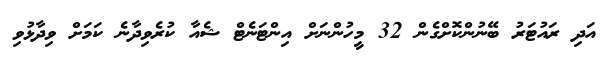
އަދި ރައުޓަރު ބޭނުންކޮށްގެން 32 މީހުންނަށް އިންޓަނެޓް ޝެއާ ކުރެވިދާނެ ކަމަށް ވިދާޅުވި